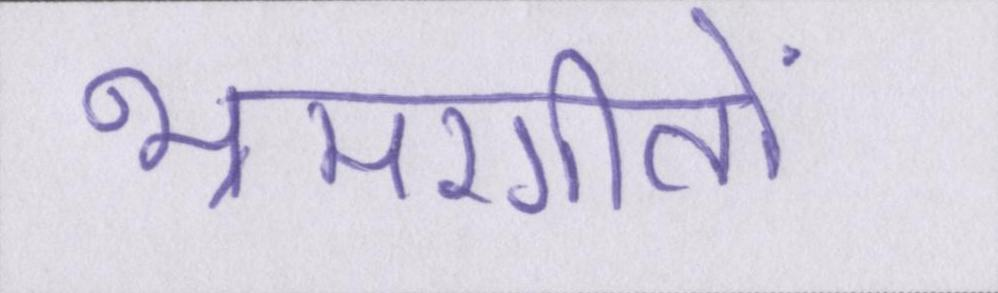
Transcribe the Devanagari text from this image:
भ्रमरगीतों